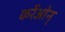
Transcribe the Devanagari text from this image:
कर्रेओन्